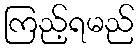
ကြည့်ရမည်